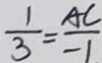
\frac { 1 } { 3 } = \frac { A C } { - 1 }